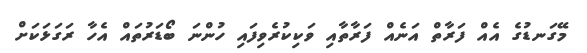
މޭގަނޑުގެ އެއް ފަރާތް އަނެއް ފަރާތާއި ވަކިކުރެވިފައި ހުންނަ ބޯޑަރުތައް އެހާ ރަގަޅަކަށް